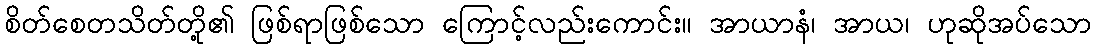
စိတ်စေတသိတ်တို့၏ ဖြစ်ရာဖြစ်သော ကြောင့်လည်းကောင်း။ အာယာနံ၊ အာယ၊ ဟုဆိုအပ်သော